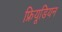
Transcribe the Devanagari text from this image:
फ्रियूडियन